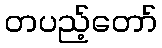
တပည့်တော်